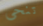
تنحى